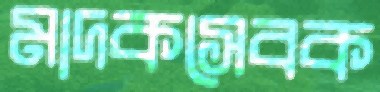
মাদকসেবক